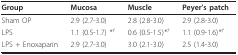
<table><thead><tr><td><b>Group</b></td><td><b>Mucosa</b></td><td><b>Muscle</b></td><td><b>Peyer&#x27;s patch</b></td></tr></thead><tbody><tr><td>Sham OP</td><td>2.9 (2.7-3.0)</td><td>2.8 (2.8-3.0)</td><td>2.9 (2.8-3.0)</td></tr><tr><td>LPS</td><td>1.1 (0.5-1.7) <i>*<sup>†</sup></i></td><td>0.6 (0.5-1.5)<i>*<sup>†</sup></i></td><td>1.1 (0.9-1.6)<i>*<sup>†</sup></i></td></tr><tr><td>LPS + Enoxaparin</td><td>2.9 (2.7-3.0)</td><td>3.0 (2.1-3.0)</td><td>2.5 (1.4-3.0)</td></tr></tbody></table>